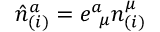
{ \hat { n } } _ { ( i ) } ^ { a } = e _ { \; \; \mu } ^ { a } n _ { ( i ) } ^ { \mu }